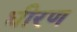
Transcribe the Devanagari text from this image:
धीरण